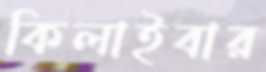
কিলাইবার